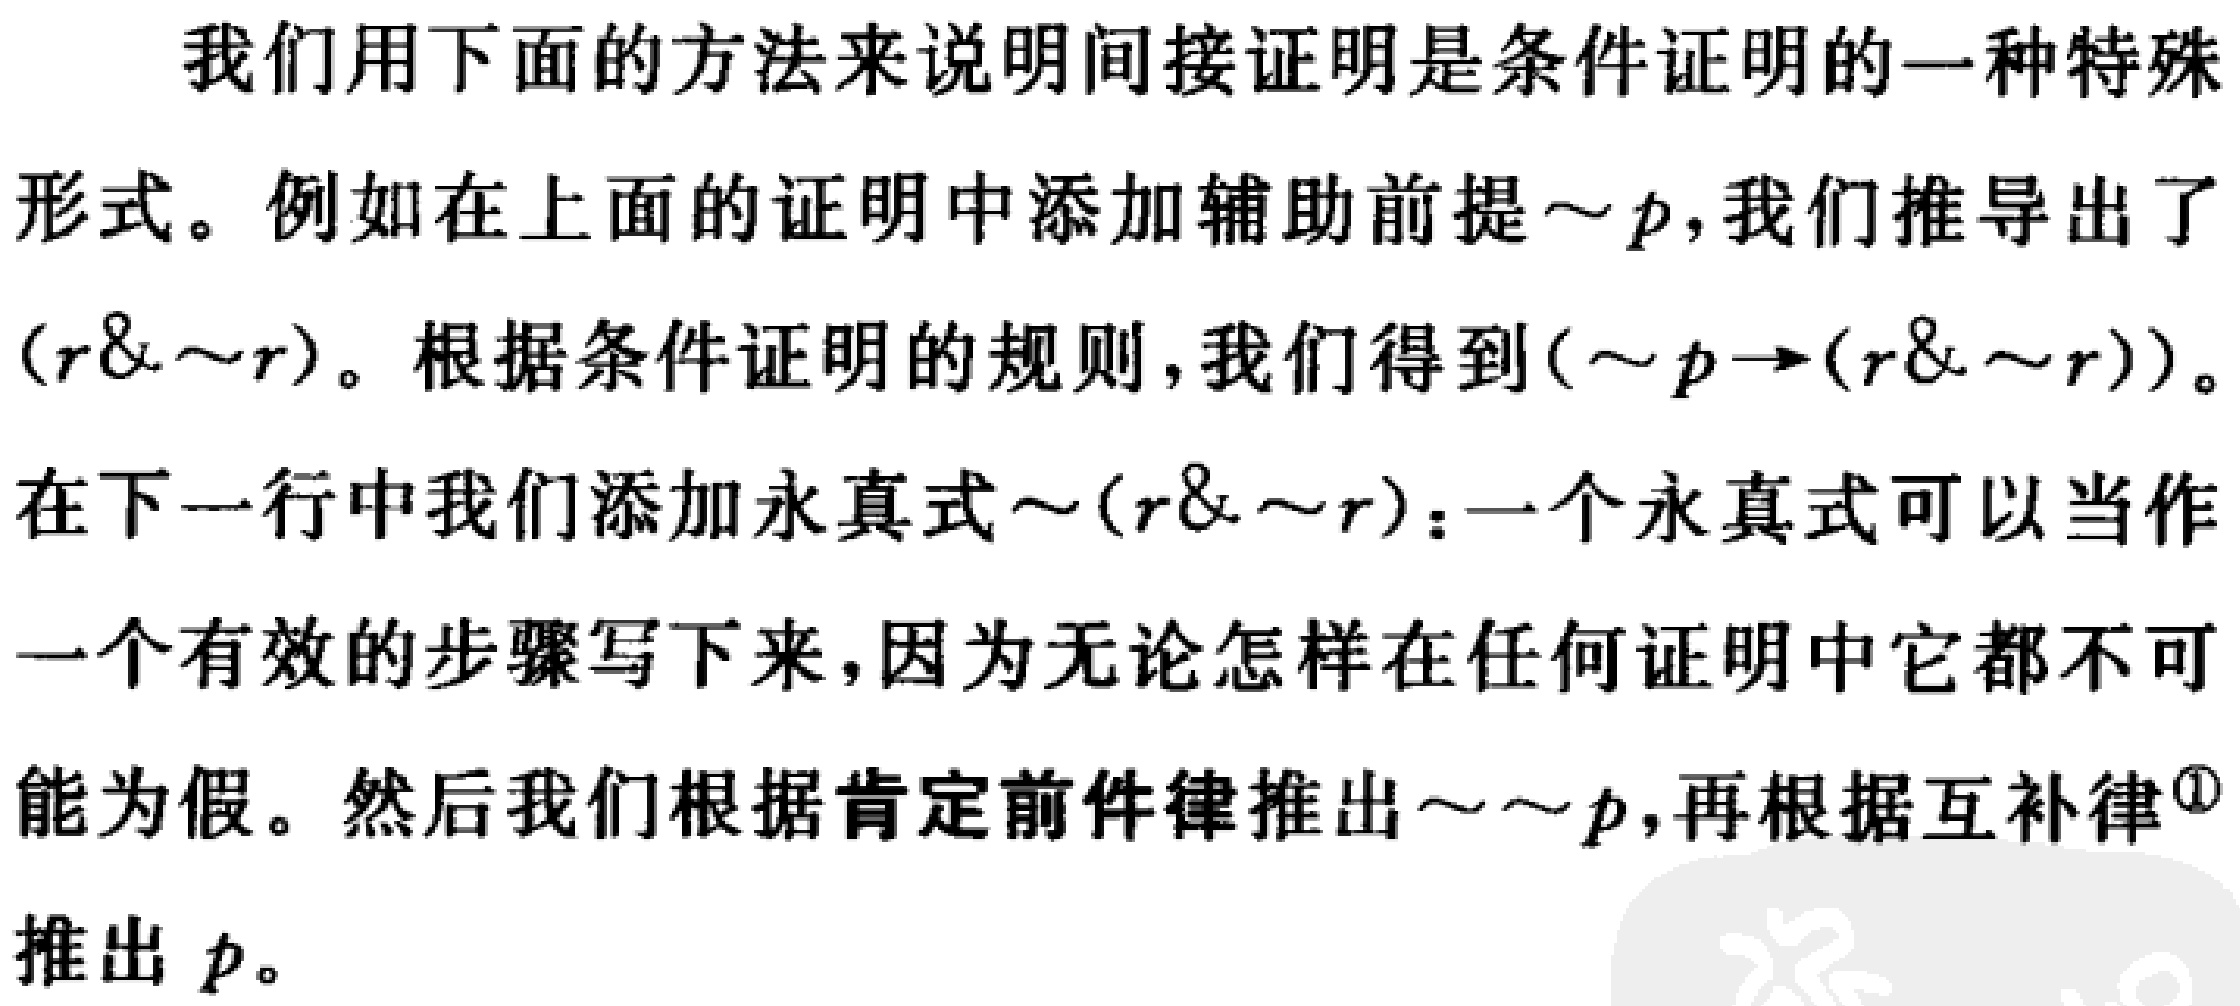
我们用下面的方法来说明间接证明是条件证明的一种特殊形式。例如在上面的证明中添加辅助前提$\sim p$，我们推导出了$(r\& \sim r)$。根据条件证明的规则，我们得到$(\sim p\rightarrow(r\& \sim r))$。在下一行中我们添加永真式$\sim(r\& \sim r)$：一个永真式可以当作一个有效的步骤写下来，因为无论怎样在任何证明中它都不可能为假。然后我们根据肯定前件律推出$\sim\sim p$，再根据互补律$^{\textcircled{1}}$推出$p$。